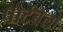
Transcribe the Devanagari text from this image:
पोर्टबेलो